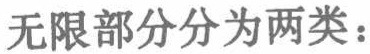
无限部分分为两类：